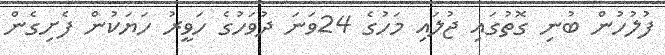
ފުލުހުން ބުނި ގޮތުގައި ޖުލައި މަހުގެ 24ވަނަ ދުވަހުގެ ހަވީރު ހަޔަކުން ފެށިގެން